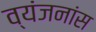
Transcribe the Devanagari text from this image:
व्यंजनांस